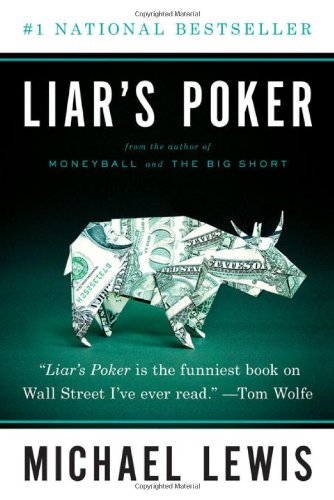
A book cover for Liar's Poker (Norton Paperback); Michael Lewis; Humor & Entertainment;